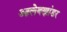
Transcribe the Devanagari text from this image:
आलेक्झांडर